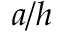
a / h